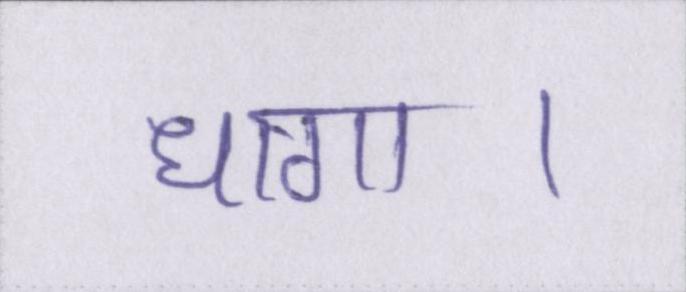
धागा।